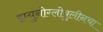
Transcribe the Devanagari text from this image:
इम्युनोग्लोबुलीनचा